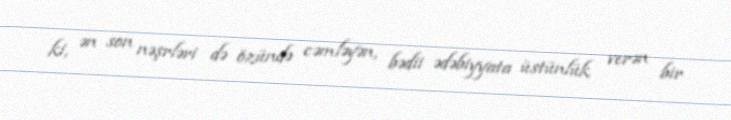
ki, ən son nəşrləri də özündə cəmləyən, bədii ədəbiyyata üstünlük verən bir